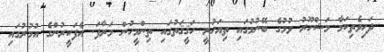
ދަހިވެތިކަމާ މަޝްހޫރު ވުމުގެ ބޭނުމުގައި ތިޔަހުރީ ހަޤީޤަތުގައި ތިންމީހުން މަރާފަ. އެފަކީރުންގެ އުމުރުގައި